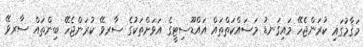
މަޤާމުގައި ކުރަންޖެހޭ މައިގަނޑު މަސައްކަތްތައް އައްޑޫސިޓީގެ އަވަށްތަކުގެ ސާރވޭ ކުރަންޖެހޭ ބިންތައް ސާރވޭ